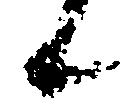
候